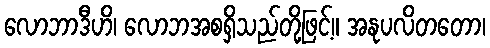
လောဘာဒီဟိ၊ လောဘအစရှိသည်တို့ဖြင့်။ အနုပလိတတော၊